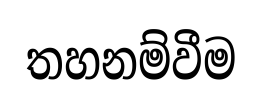
තහනම්වීම